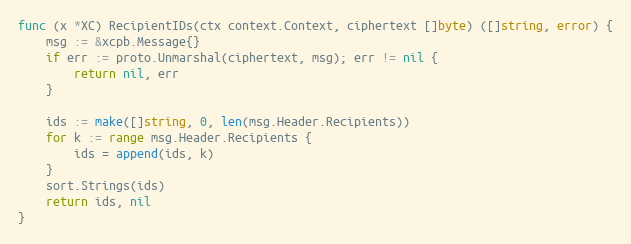
Language: Go
func (x *XC) RecipientIDs(ctx context.Context, ciphertext []byte) ([]string, error) {
	msg := &xcpb.Message{}
	if err := proto.Unmarshal(ciphertext, msg); err != nil {
		return nil, err
	}

	ids := make([]string, 0, len(msg.Header.Recipients))
	for k := range msg.Header.Recipients {
		ids = append(ids, k)
	}
	sort.Strings(ids)
	return ids, nil
}